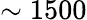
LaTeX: \sim 1500